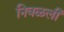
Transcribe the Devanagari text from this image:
निवळली